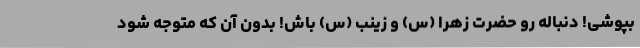
بپوشی! دنباله رو حضرت زهرا (س) و زینب (س) باش! بدون آن که متوجه شود